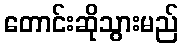
တောင်းဆိုသွားမည်